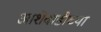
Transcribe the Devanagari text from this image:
आशेवाडीच्या